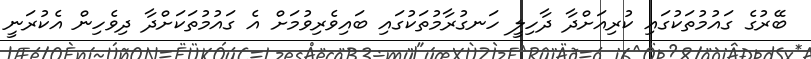
ބޭރުގެ ގައުމުތަކުގައި ކުރިއަށްދާ ދާހިލީ ހަނގުރާމުތަކުގައި ބައިވެރިވުމަށް އެ ގައުމުތަކަށްދާ ދިވެހިން އެކުރަނީ